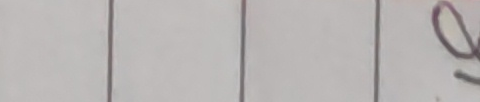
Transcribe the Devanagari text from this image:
०